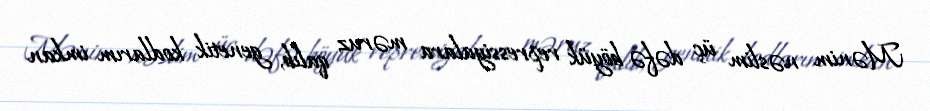
Mənim nəslim üç dəfə böyük repressiyalara məruz qalıb, genetik kodlarım imkan